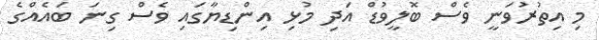
މި އިތުރުވަނީ ވެސް ބޮލީވުޑް އަދި މުޅި އިންޑިޔާގައި ވެސް ގިނަ ބައެއްގެ